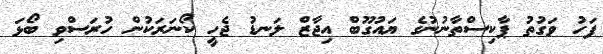
ފަހު ވަގުތު ޕާކިސްތާނުނުގެ ޔައުގޫބް އިޖާޒް ލަނޑު ޖެހީ ކޯނަރަކުން ހުރަސްވި ބޯޅަ